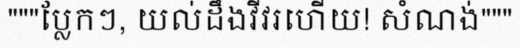
"""ប្លែកៗ, យល់ដឹងវីវរហើយ! សំណង់"""